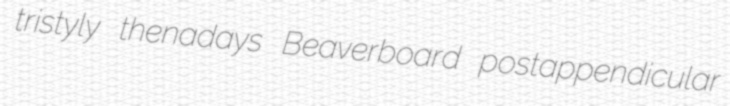
tristyly thenadays Beaverboard postappendicular